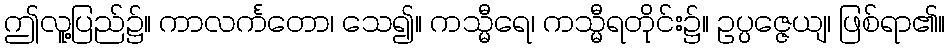
ဤလူ့ပြည်၌။ ကာလင်္ကတော၊ သေ၍။ ကသ္မီရေ၊ ကသ္မီရတိုင်း၌။ ဥပ္ပဇ္ဇေယျ၊ ဖြစ်ရာ၏။